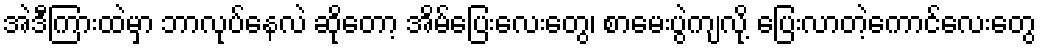
အဲဒီကြားထဲမှာ ဘာလုပ်နေလဲ ဆိုတော့ အိမ်ပြေးလေးတွေ၊ စာမေးပွဲကျလို့ ပြေးလာတဲ့ကောင်လေးတွေ